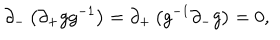
LaTeX: \partial _ { - } \left( \partial _ { + } g g ^ { - 1 } \right) = \partial _ { + } \left( g ^ { - 1 } \partial _ { - } g \right) = 0 ,